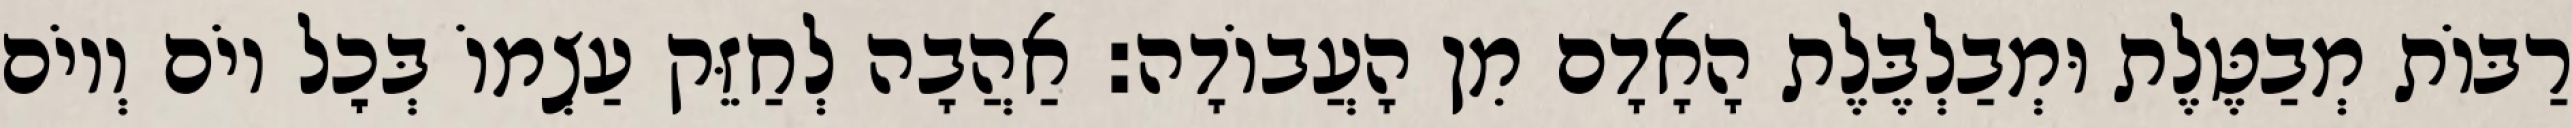
רַבּוֹת מְבַטֶּלֶת וּמְבַלְבֶּלֶת הָאָדָם מִן הָעֲבוֹדָה: אַהֲבָה לְחַזֵּק עַצְמוֹ בְּכׇל יוֹם וְיוֹם